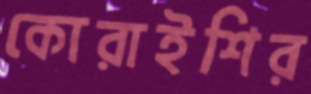
কোরাইশির